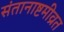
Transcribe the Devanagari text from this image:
संतानाष्टमीव्रत